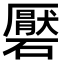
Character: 𮁑